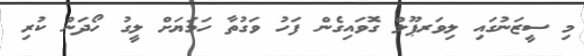
މި ސީޒަނުގައި ލިވަރޕޫލް ގޮވައިގެން ފަހު ވަގުތާ ހަމަޔަށް ލީގު ހޯދަން ކުރި